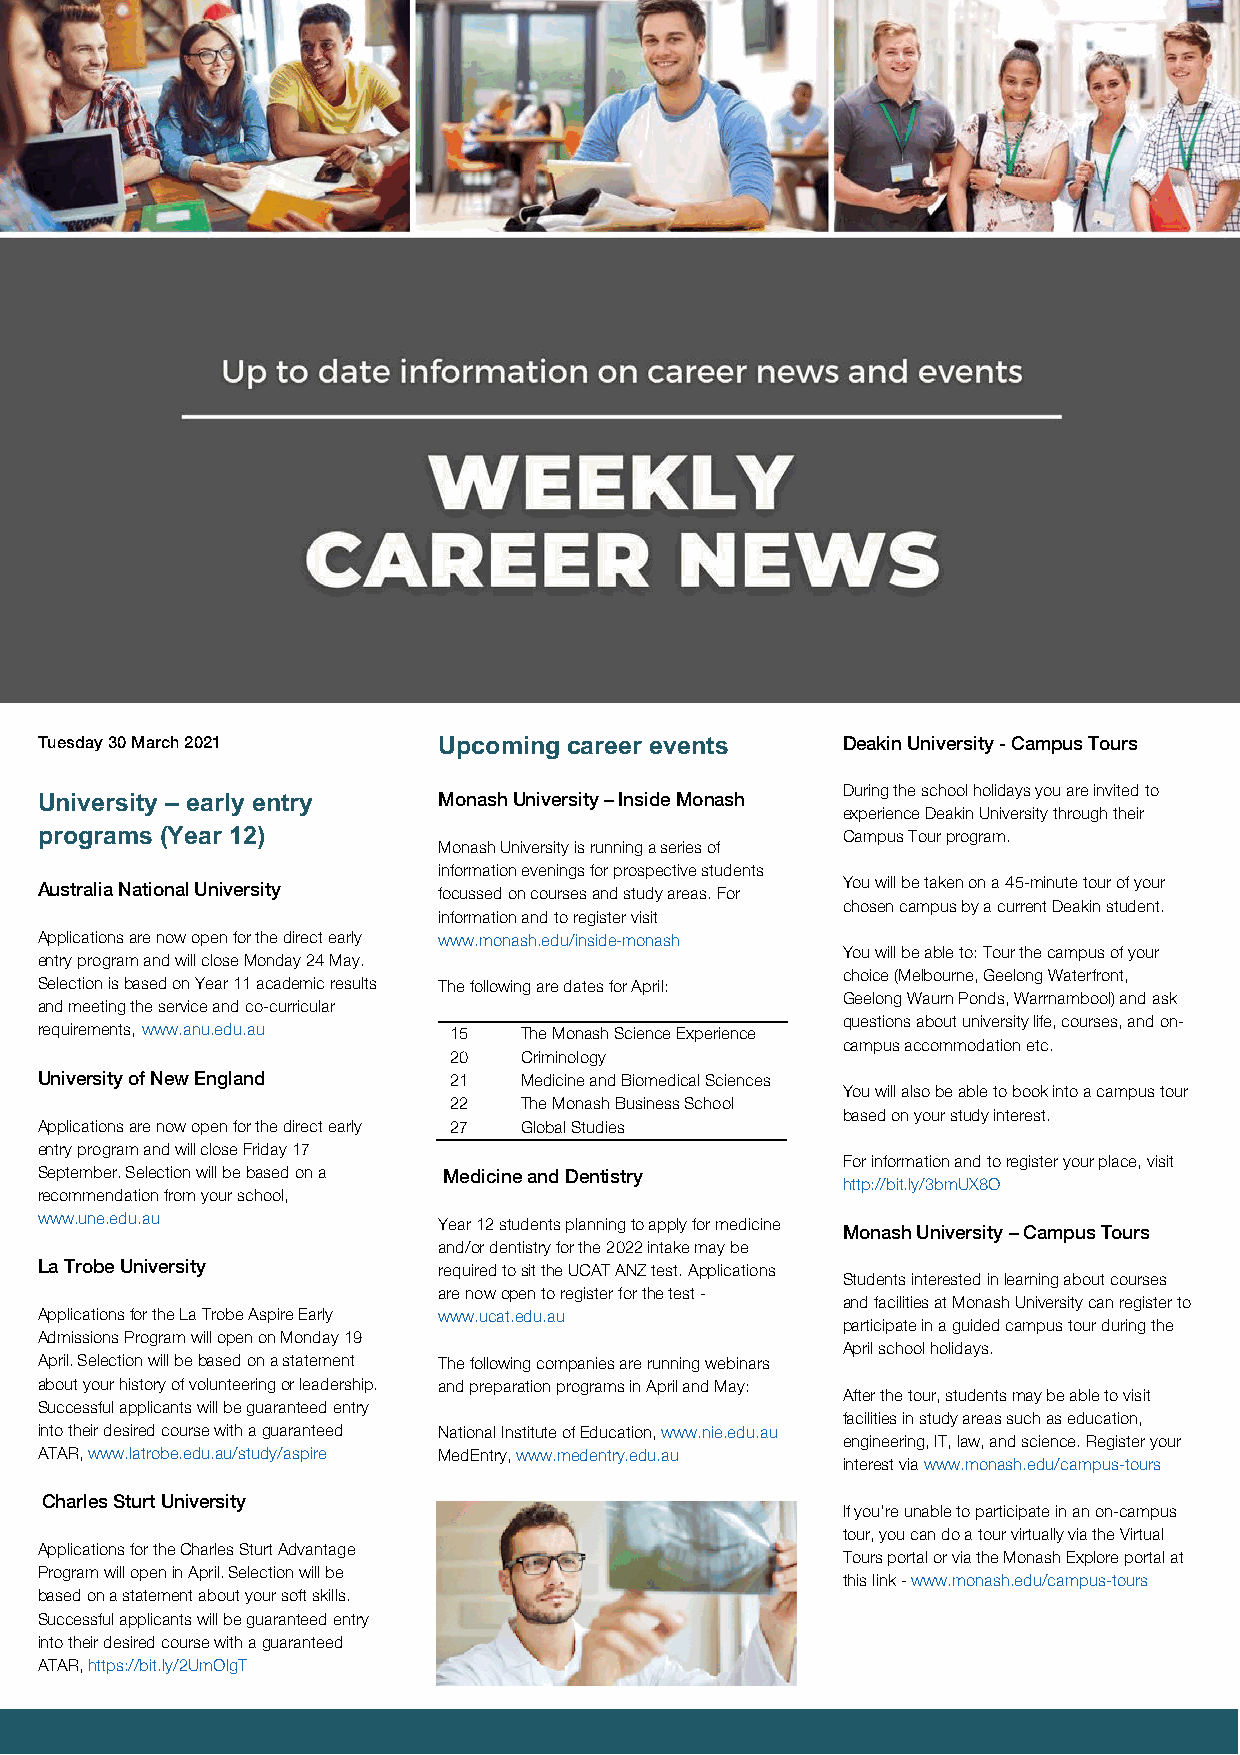
Tuesday 30 March 2021      Upcoming career events     Deakin University - Campus Tours
 During the school holidays you are invited to
 University – early entry   Monash University – Inside Monash
 experience Deakin University through their
 programs (Year 12)                                    Campus Tour program.
 Monash University is running a series of
 Australia National University
 i fn of co urm ssa et dio on
 n
 e cve on ui rn sg es
 s
 f ao nr dp r so tusp de
 y
 c at riv ee
 a
 ss .t u Fd oe
 r
 nts
 You will be taken on a 45-minute tour of your
 chosen campus by a current Deakin student.
 information and to register visit
 Applications are now open for the direct early www.monash.edu/inside-monash
 You will be able to: Tour the campus of your
 entry program and w ill close Monday 24 May.
 choice (Melbourne, Geelong Waterfront,
 Selection is based on Year 11 academic results The following are dates for April:
 Geelong Waurn Ponds, Warrnambool) and ask
 and meeting the service and co-curricular
 questions about university life, courses, and on-
 requirements, www.anu.edu.au 15 The Monash Science Experience
 20  Criminology
 campus accommodation etc.
 University of New England   21  Medicine and Biomedical Sciences
 You will also be able to book into a campus tour
 22  The Monash Business School
 based on your study interest.
 Applications are now open for the direct early 27 Global Studies
 entry program and will close Friday 17
 For information and to register your place, visit
 September. Selection will be based on a Medicine and Dentistry
 http://bit.ly/3bmUX8O
 recommendation from your school,
 www.une.edu.au             Year 12 students planning to apply for medicine
 Monash University – Campus Tours
 and/or dentistry for the 2022 intake may be
 La Trobe University        required to sit the UCAT ANZ test. Applications
 Students interested in learning about courses
 are now open to register for the test -
 and facilities at Monash University can register to
 Applications for the L a Trobe Aspire Early www.ucat.edu.au
 participate in a guided campus tour during the
 Admissions Program will open on Monday 19
 April school holidays.
 April. Selection will be based on a statement The following companies are running webinars
 about your history of volunteering or leadership. and preparation programs in April and May:
 After the tour, students may be able to visit
 Successful applicants will be guaranteed entry
 facilities in study areas such as education,
 into their desired course with a guaranteed National Institute of Education, www.nie.edu.au
 engineering, IT, law, and science. Register your
 ATAR, www.latrobe.e du.au/study/aspire MedEntry, www.medentry.edu.au
 interest via www.monash.edu/campus-tours
 Charles Sturt Uni versity
 If you’re unable to participate in an on-campus
 tour, you can do a tour virtually via the Virtual
 Applications for the Charles Sturt Advantage
 Tours portal or via the Monash Explore portal at
 Program will open in April. Selection will be
 this link - www.monash.edu/campus-tours
 based on a statement about your soft skills.
 Successful applicants will be guaranteed entry
 into their desired course with a guaranteed
 ATAR, https://bit.ly/2UmOlgT